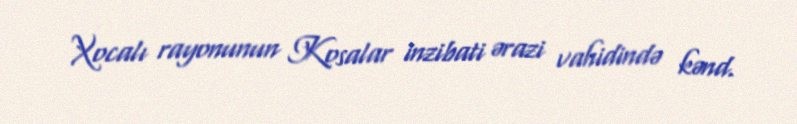
Xocalı rayonunun Kosalar inzibati ərazi vahidində kənd.